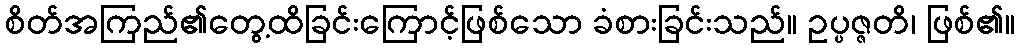
စိတ်အကြည်၏တွေ့ထိခြင်းကြောင့်ဖြစ်သော ခံစားခြင်းသည်။ ဥပ္ပဇ္ဇတိ၊ ဖြစ်၏။